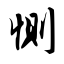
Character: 恻